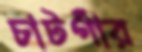
চাটগাঁর